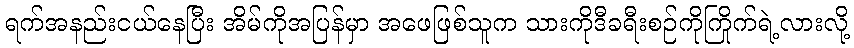
ရက်အနည်းငယ်နေပြီး အိမ်ကိုအပြန်မှာ အဖေဖြစ်သူက သားကိုဒီခရီးစဉ်ကိုကြိုက်ရဲ့လားလို့